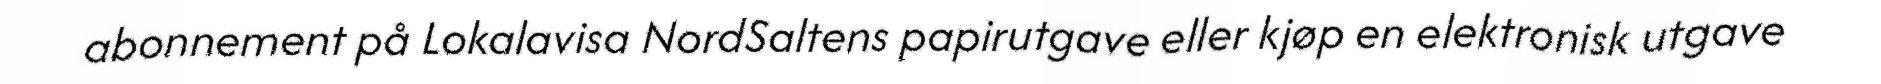
abonnement på Lokalavisa NordSaltens papirutgave eller kjøp en elektronisk utgave